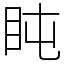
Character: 盹